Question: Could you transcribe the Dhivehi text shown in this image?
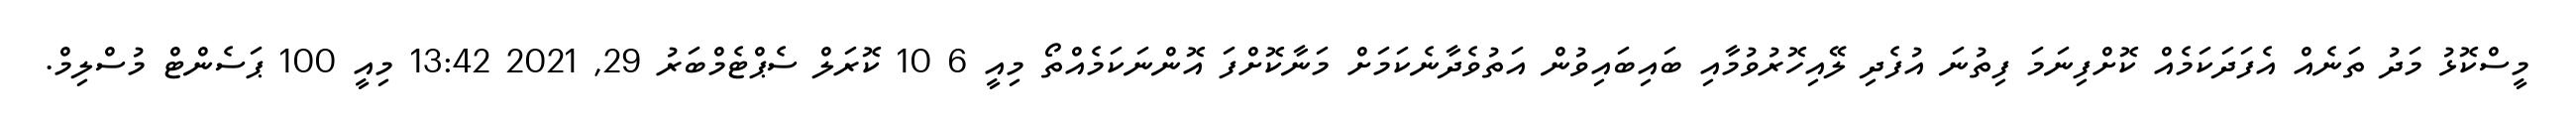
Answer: މީސްކޮޅު މަދު ތަނެއް އެފަދަކަމެއް ކޮށްފިނަމަ ފިތުނަ އުފެދި ލޭއިހޮރުވުމާއި ބައިބައިވުން އަތުވެދާނެކަމަށް މަނާކޮށްފަ އޮންނަކަމެއްތޯ މިއީ 6 10 ކޮރަލް ސެޕްޓެމްބަރު 29, 2021 13:42 މިއީ 100 ޕަސެންޓް މުސްލިމް.